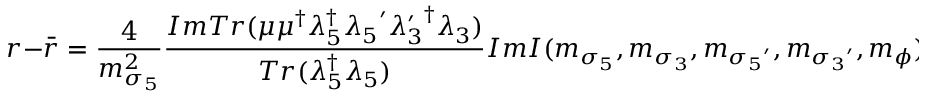
r - \bar { r } = \frac { 4 } { m _ { \sigma _ { 5 } } ^ { 2 } } \frac { I m T r ( \mu \mu ^ { \dagger } \lambda _ { 5 } ^ { \dagger } { \lambda _ { 5 } } ^ { \prime } { \lambda _ { 3 } ^ { \prime } } ^ { \dagger } \lambda _ { 3 } ) } { T r ( \lambda _ { 5 } ^ { \dagger } \lambda _ { 5 } ) } I m I ( m _ { \sigma _ { 5 } } , m _ { \sigma _ { 3 } } , m _ { { \sigma _ { 5 } } ^ { \prime } } , m _ { { \sigma _ { 3 } } ^ { \prime } } , m _ { \phi } ) .